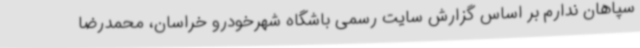
سپاهان ندارم بر اساس گزارش سایت رسمی باشگاه شهرخودرو خراسان، محمدرضا